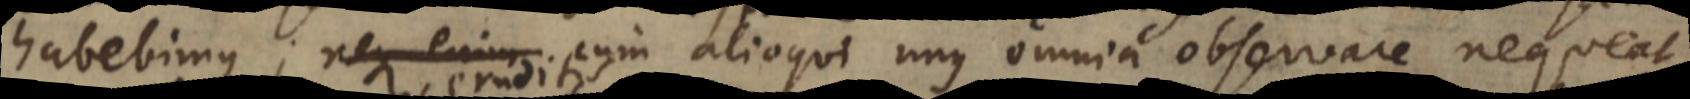
habebimus; neque enim cum alioqui unus omnia observare nequeat;